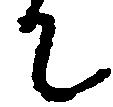
て